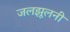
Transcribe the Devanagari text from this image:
जलझूलनी